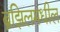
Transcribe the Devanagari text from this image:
ब्रझिलमधील